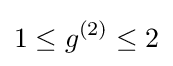
1\leq g^{(2)}\leq 2